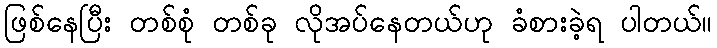
ဖြစ်နေပြီး တစ်စုံ တစ်ခု လိုအပ်နေတယ်ဟု ခံစားခဲ့ရ ပါတယ်။